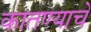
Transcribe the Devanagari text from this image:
कातण्याचे